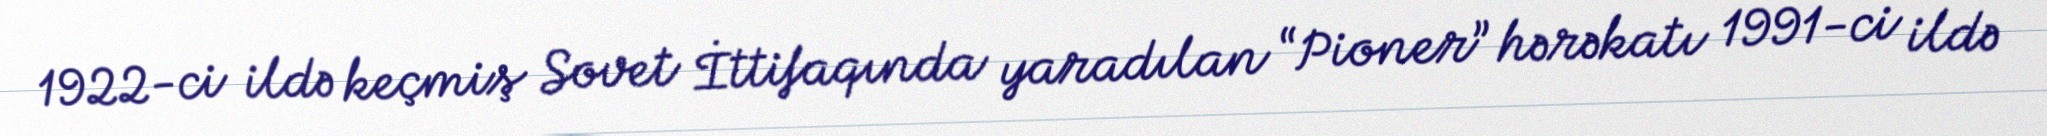
1922-ci ildə keçmiş Sovet İttifaqında yaradılan “Pioner” hərəkatı 1991-ci ildə